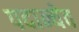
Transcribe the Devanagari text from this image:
पदान्येव